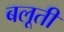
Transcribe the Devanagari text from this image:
बलूती